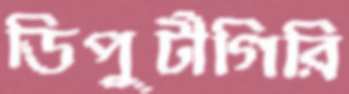
ডিপুটীগিরি